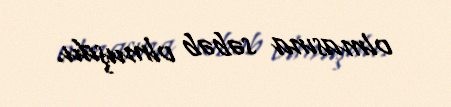
olmasına səbəb olmuşdu.